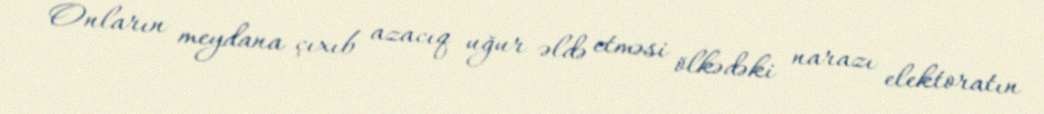
Onların meydana çıxıb azacıq uğur əldə etməsi ölkədəki narazı elektoratın